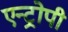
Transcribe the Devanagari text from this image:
एन्ट्रोपी